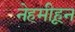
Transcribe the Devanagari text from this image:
नेहमीहून